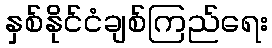
နှစ်နိုင်ငံချစ်ကြည်ရေး